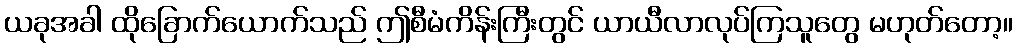
ယခုအခါ ထိုခြောက်ယောက်သည် ဤစီမံကိန်းကြီးတွင် ယာယီလာလုပ်ကြသူတွေ မဟုတ်တော့။